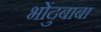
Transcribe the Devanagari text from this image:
भोंदुबाबा